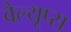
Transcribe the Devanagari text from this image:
वैल्यूप्स